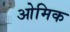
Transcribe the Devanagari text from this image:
ओमिक